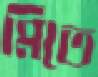
মিতে